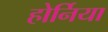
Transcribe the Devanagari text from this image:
होर्निया